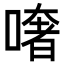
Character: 𠾏